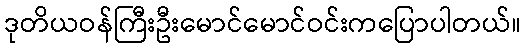
ဒုတိယဝန်ကြီးဦးမောင်မောင်ဝင်းကပြောပါတယ်။